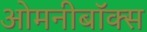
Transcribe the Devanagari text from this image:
ओमनीबॉक्स